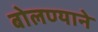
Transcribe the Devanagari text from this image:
बोलण्याने